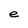
Character: e